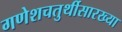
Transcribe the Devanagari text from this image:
गणेशचतुर्थीसारख्या